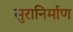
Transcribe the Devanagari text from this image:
सुरानिर्माण